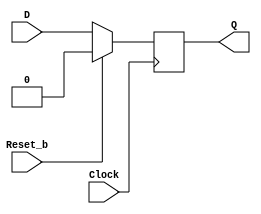
module flipflop(Clock, D, Reset_b, Q);
    input Clock, D, Reset_b;
    output reg Q;
    always @(posedge Clock)
    begin 
        if (Reset_b == 1'b1)   
            Q <= 0; 
        else 
            Q <= D; 
    end
endmodule

module mux2to1(x,y,s,m);
    input x,y,s;
    output m;
    wire w0, w1, w2;

    assign w0 = ~s;
    assign w1 = w0 & x;
    assign w2 = s & y;
    assign m = w2 | w1;
endmodule

//Rotator module with 2 muxs and a D flip flop
module rotator(left, right, RotateRight, D, ParallelLoadn, clock, reset, Q);
    wire w1, w2;
    input left, right, RotateRight, D, ParallelLoadn, clock, reset;
    output Q;
    mux2to1 m1(.x(right), .y(left), .s(RotateRight), .m(w1));
    mux2to1 m2(.x(D), .y(w1), .s(ParallelLoadn), .m(w2));
    flipflop f1(.Clock(clock), .D(w2), .Reset_b(reset), .Q(Q));
endmodule

module part3 (clock, reset, ParallelLoadn, RotateRight, ASRight, Data_IN, Q);
    //ParallelLoadn: Chooses load value or shift value
    //RotateRight: Chooses left or right outputs for shifting right or left respectively
    input clock, reset, ParallelLoadn, RotateRight, ASRight;
    input [7:0]Data_IN;
    output [7:0]Q;

    wire left_input;
    assign left_input =(ASRight & RotateRight & ParallelLoadn) ? Q[7]: Q[0];

    rotator r0(.left(Q[1]), .right(Q[7]), .ParallelLoadn(ParallelLoadn), .RotateRight(RotateRight), .clock(clock), .Q(Q[0]), .reset(reset), .D(Data_IN[0]));
    rotator r1(.left(Q[2]), .right(Q[0]), .ParallelLoadn(ParallelLoadn), .RotateRight(RotateRight), .clock(clock), .Q(Q[1]), .reset(reset), .D(Data_IN[1]));
    rotator r2(.left(Q[3]), .right(Q[1]), .ParallelLoadn(ParallelLoadn), .RotateRight(RotateRight), .clock(clock), .Q(Q[2]), .reset(reset), .D(Data_IN[2]));
    rotator r3(.left(Q[4]), .right(Q[2]), .ParallelLoadn(ParallelLoadn), .RotateRight(RotateRight), .clock(clock), .Q(Q[3]), .reset(reset), .D(Data_IN[3]));
    rotator r4(.left(Q[5]), .right(Q[3]), .ParallelLoadn(ParallelLoadn), .RotateRight(RotateRight), .clock(clock), .Q(Q[4]), .reset(reset), .D(Data_IN[4]));
    rotator r5(.left(Q[6]), .right(Q[4]), .ParallelLoadn(ParallelLoadn), .RotateRight(RotateRight), .clock(clock), .Q(Q[5]), .reset(reset), .D(Data_IN[5]));
    rotator r6(.left(Q[7]), .right(Q[5]), .ParallelLoadn(ParallelLoadn), .RotateRight(RotateRight), .clock(clock), .Q(Q[6]), .reset(reset), .D(Data_IN[6]));
    rotator r7(.left(left_input), .right(Q[6]), .ParallelLoadn(ParallelLoadn), .RotateRight(RotateRight), .clock(clock), .Q(Q[7]), .reset(reset), .D(Data_IN[7]));

  
endmodule